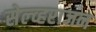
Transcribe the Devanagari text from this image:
सेल्व्हराजन